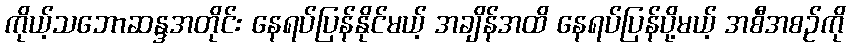
ကိုယ့်သဘောဆန္ဒအတိုင်း နေရပ်ပြန်နိုင်မယ့် အချိန်အထိ နေရပ်ပြန်ပို့မယ့် အစီအစဉ်ကို